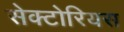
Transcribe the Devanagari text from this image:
सेक्टोरियस